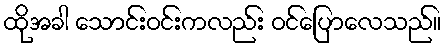
ထိုအခါ သောင်းဝင်းကလည်း ဝင်ပြောလေသည်။